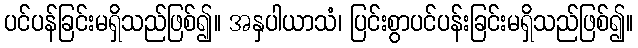
ပင်ပန်ခြင်းမရှိသည်ဖြစ်၍။ အနှပါယာသံ၊ ပြင်းစွာပင်ပန်းခြင်းမရှိသည်ဖြစ်၍။